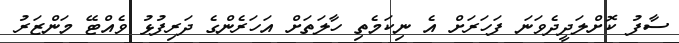
ސާފު ކޮށްލަދީދެވަނަ ފަހަރަށް އެ ނިކަމެތި ހާލަތަށް އަހަރެންގެ ދަރިފުޅު ވެއްޓޭ މަންޒަރު